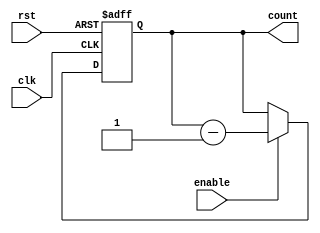
module Binary_Down_Counter (
    input wire clk,
    input wire rst,
    input wire enable,
    output reg [3:0] count
    );

    always @(posedge clk or posedge rst) begin
        if (rst) begin
            count <= 4'b1000; // Initialize counter with preset value
        end else if (enable) begin
            count <= count - 1; // Decrement counter if enable signal is high
        end
    end

endmodule